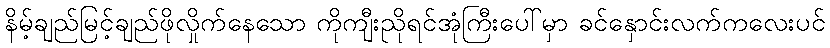
နိမ့်ချည်မြင့်ချည်ဖိုလှိုက်နေသော ကိုကျီးညိုရင်အုံကြီးပေါ်မှာ ခင်နှောင်းလက်ကလေးပင်